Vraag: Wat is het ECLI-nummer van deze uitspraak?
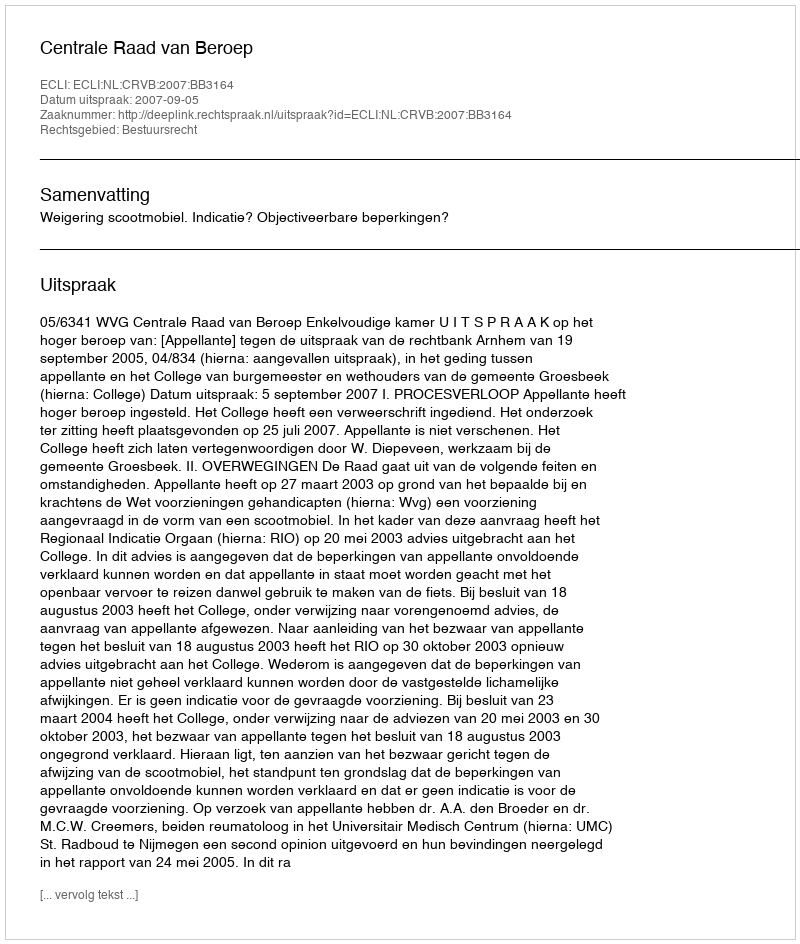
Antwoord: ECLI:NL:CRVB:2007:BB3164